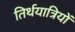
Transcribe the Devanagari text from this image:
तिर्थयात्रियों